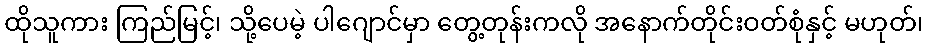
ထိုသူကား ကြည်မြင့်၊ သို့ပေမဲ့ ပါဂျောင်မှာ တွေ့တုန်းကလို အနောက်တိုင်းဝတ်စုံနှင့် မဟုတ်၊